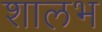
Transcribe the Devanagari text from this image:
शालभ